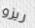
ريزو